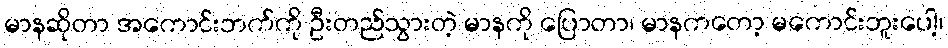
မာနဆိုတာ အကောင်းဘက်ကို ဦးတည်သွားတဲ့ မာနကို ပြောတာ၊ မာနကတော့ မကောင်းဘူးပေါ့၊